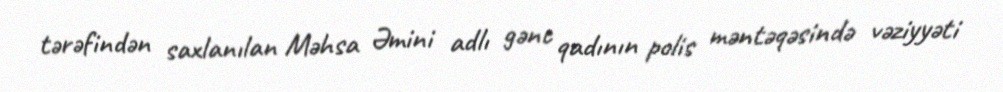
tərəfindən saxlanılan Məhsa Əmini adlı gənc qadının polis məntəqəsində vəziyyəti